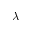
\lambda